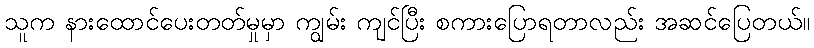
သူက နားထောင်ပေးတတ်မှုမှာ ကျွမ်း ကျင်ပြီး စကားပြောရတာလည်း အဆင်ပြေတယ်။